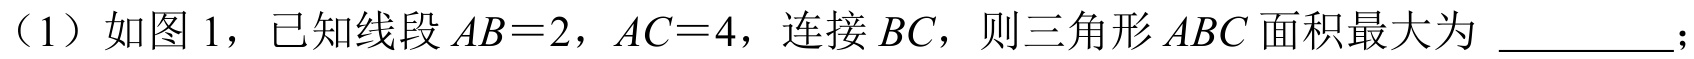
（1）如图 1，已知线段 \(AB = 2\)，\(AC = 4\)，连接 \(BC\)，则三角形 \(ABC\) 面积最大为 \_\_\_\_\_\_；